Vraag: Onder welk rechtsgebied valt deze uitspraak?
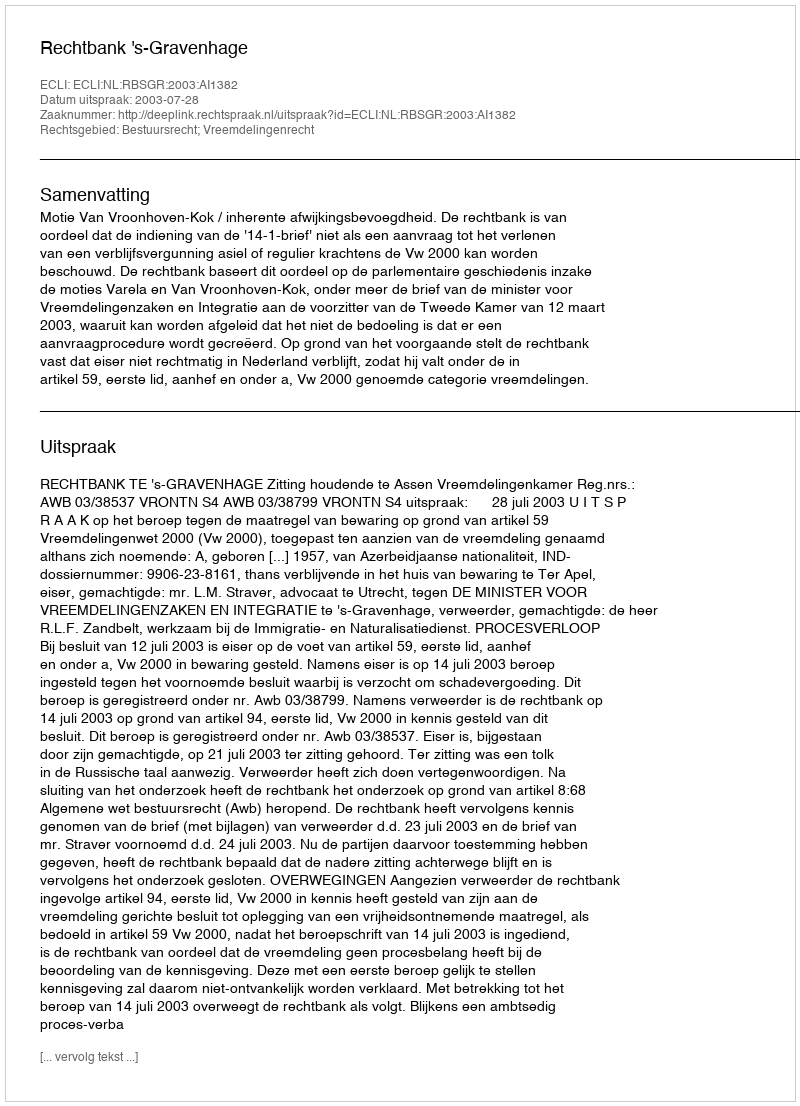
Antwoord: Bestuursrecht; Vreemdelingenrecht